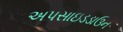
અપસાઇડડાઉન